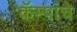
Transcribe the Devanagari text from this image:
कॅम्पांचे